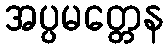
အပ္ပမတ္တေန